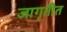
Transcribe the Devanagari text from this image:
जागृतीत